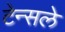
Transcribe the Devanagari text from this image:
टेन्सले